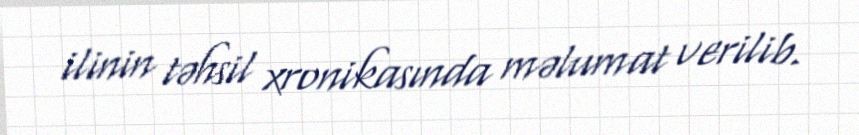
ilinin təhsil xronikasında məlumat verilib.